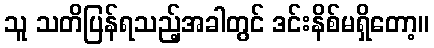
သူ သတိပြန်ရသည့်အခါတွင် ဒင်းနိစ်မရှိတော့။